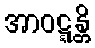
အာဝဋ္ဋန္တိ